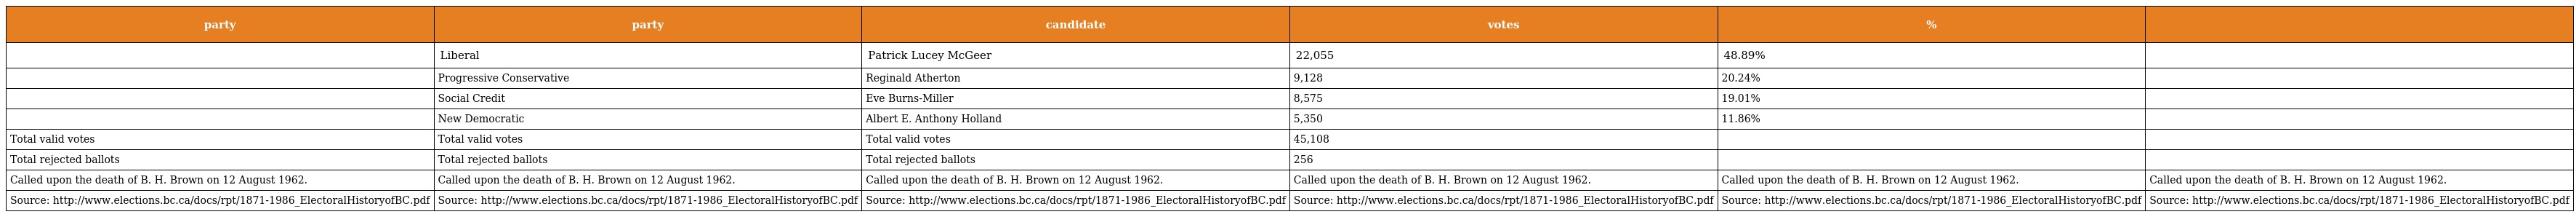
| party | party | candidate | votes | % |  |
 | --- | --- | --- | --- | --- | --- |
 |  | Liberal | Patrick Lucey McGeer | 22,055 | 48.89% |  |
 |  | Progressive Conservative | Reginald Atherton | 9,128 | 20.24% |  |
 |  | Social Credit | Eve Burns-Miller | 8,575 | 19.01% |  |
 |  | New Democratic | Albert E. Anthony Holland | 5,350 | 11.86% |  |
 | Total valid votes | Total valid votes | Total valid votes | 45,108 |  |  |
 | Total rejected ballots | Total rejected ballots | Total rejected ballots | 256 |  |  |
 | Called upon the death of B. H. Brown on 12 August 1962. | Called upon the death of B. H. Brown on 12 August 1962. | Called upon the death of B. H. Brown on 12 August 1962. | Called upon the death of B. H. Brown on 12 August 1962. | Called upon the death of B. H. Brown on 12 August 1962. | Called upon the death of B. H. Brown on 12 August 1962. |
 | Source: http://www.elections.bc.ca/docs/rpt/1871-1986_ElectoralHistoryofBC.pdf | Source: http://www.elections.bc.ca/docs/rpt/1871-1986_ElectoralHistoryofBC.pdf | Source: http://www.elections.bc.ca/docs/rpt/1871-1986_ElectoralHistoryofBC.pdf | Source: http://www.elections.bc.ca/docs/rpt/1871-1986_ElectoralHistoryofBC.pdf | Source: http://www.elections.bc.ca/docs/rpt/1871-1986_ElectoralHistoryofBC.pdf | Source: http://www.elections.bc.ca/docs/rpt/1871-1986_ElectoralHistoryofBC.pdf |